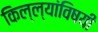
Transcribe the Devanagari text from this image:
किल्ल्यांविषयी